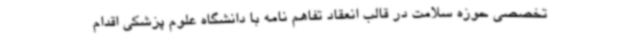
تخصصی حوزه سلامت در قالب انعقاد تفاهم نامه با دانشگاه علوم پزشکی اقدام